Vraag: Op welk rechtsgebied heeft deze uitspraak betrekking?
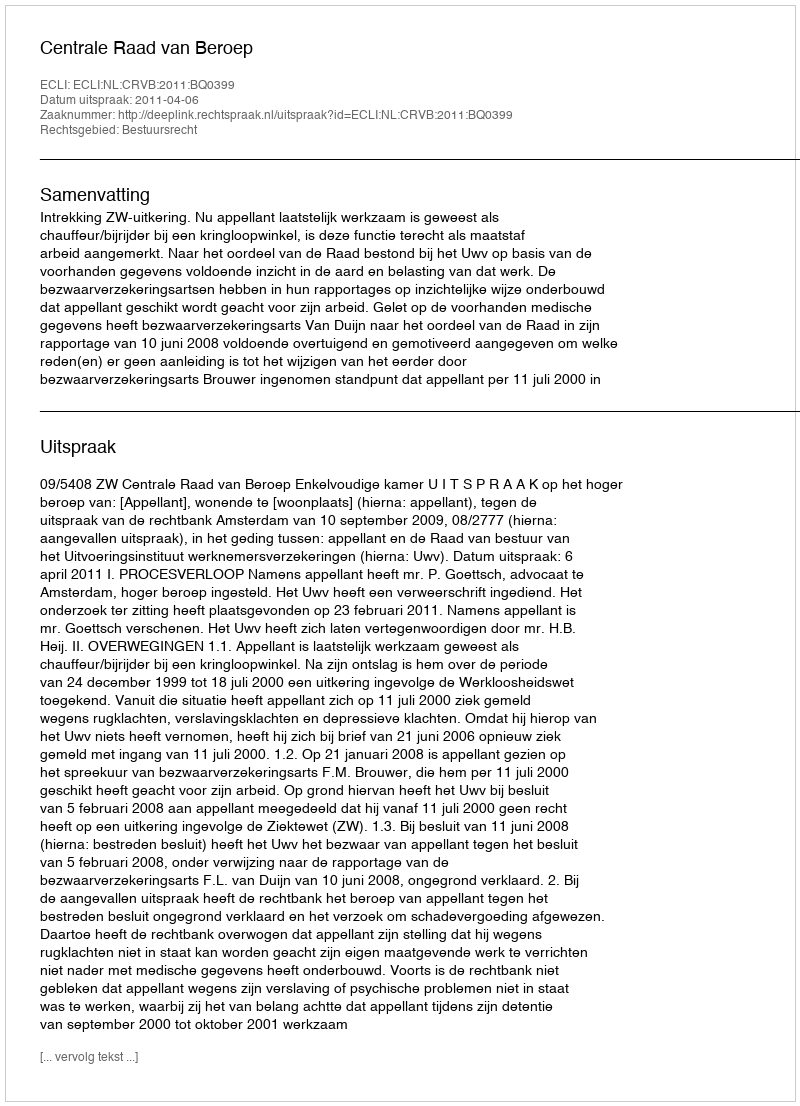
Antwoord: Bestuursrecht